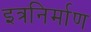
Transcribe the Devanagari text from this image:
इत्रनिर्माण